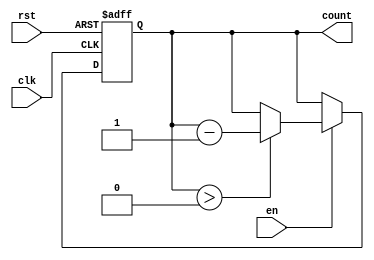
module down_counter #(
    parameter N = 8 // Parameter for the bit width of the counter
)(
    input wire clk,    // Clock signal
    input wire rst,    // Asynchronous active-high reset
    input wire en,     // Enable signal
    output reg [N-1:0] count // n-bit output count
);

// Internal parameter for initial value
parameter INITIAL_VALUE = 8'b11111111; // Example initial value (255 for an 8-bit counter)

always @(posedge clk or posedge rst) begin
    if (rst) begin
        count <= INITIAL_VALUE; // Reset the counter to the initial value
    end else if (en) begin
        if (count > 0) begin
            count <= count - 1; // Decrement the counter
        end
    end
end

endmodule